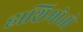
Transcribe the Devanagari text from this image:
हाशिमोतो